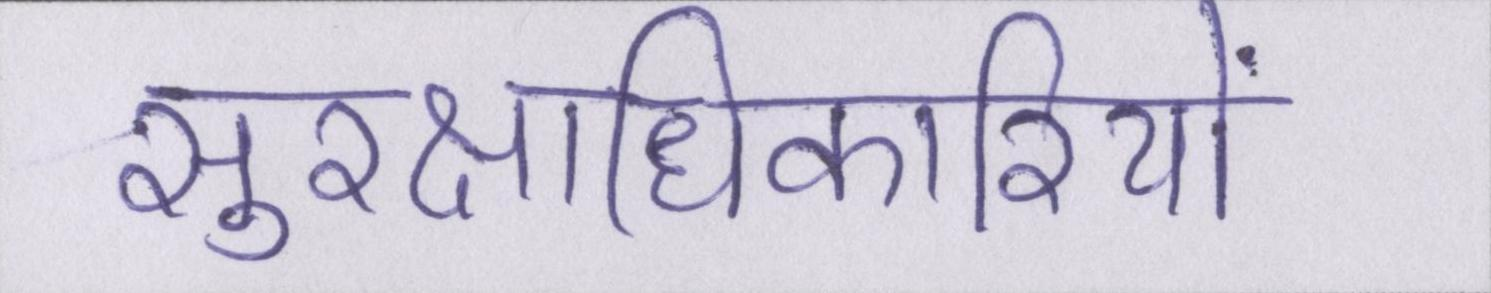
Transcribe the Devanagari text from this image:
सुरक्षाधिकारियों